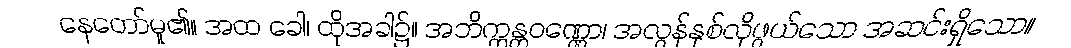
နေတော်မူ၏။ အထ ခေါ၊ ထိုအခါ၌။ အဘိက္ကန္တဝဏ္ဏော၊ အလွန်နှစ်လိုဖွယ်သော အဆင်းရှိသော။